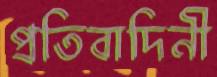
প্রতিবাদিনী